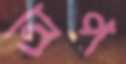
অপ